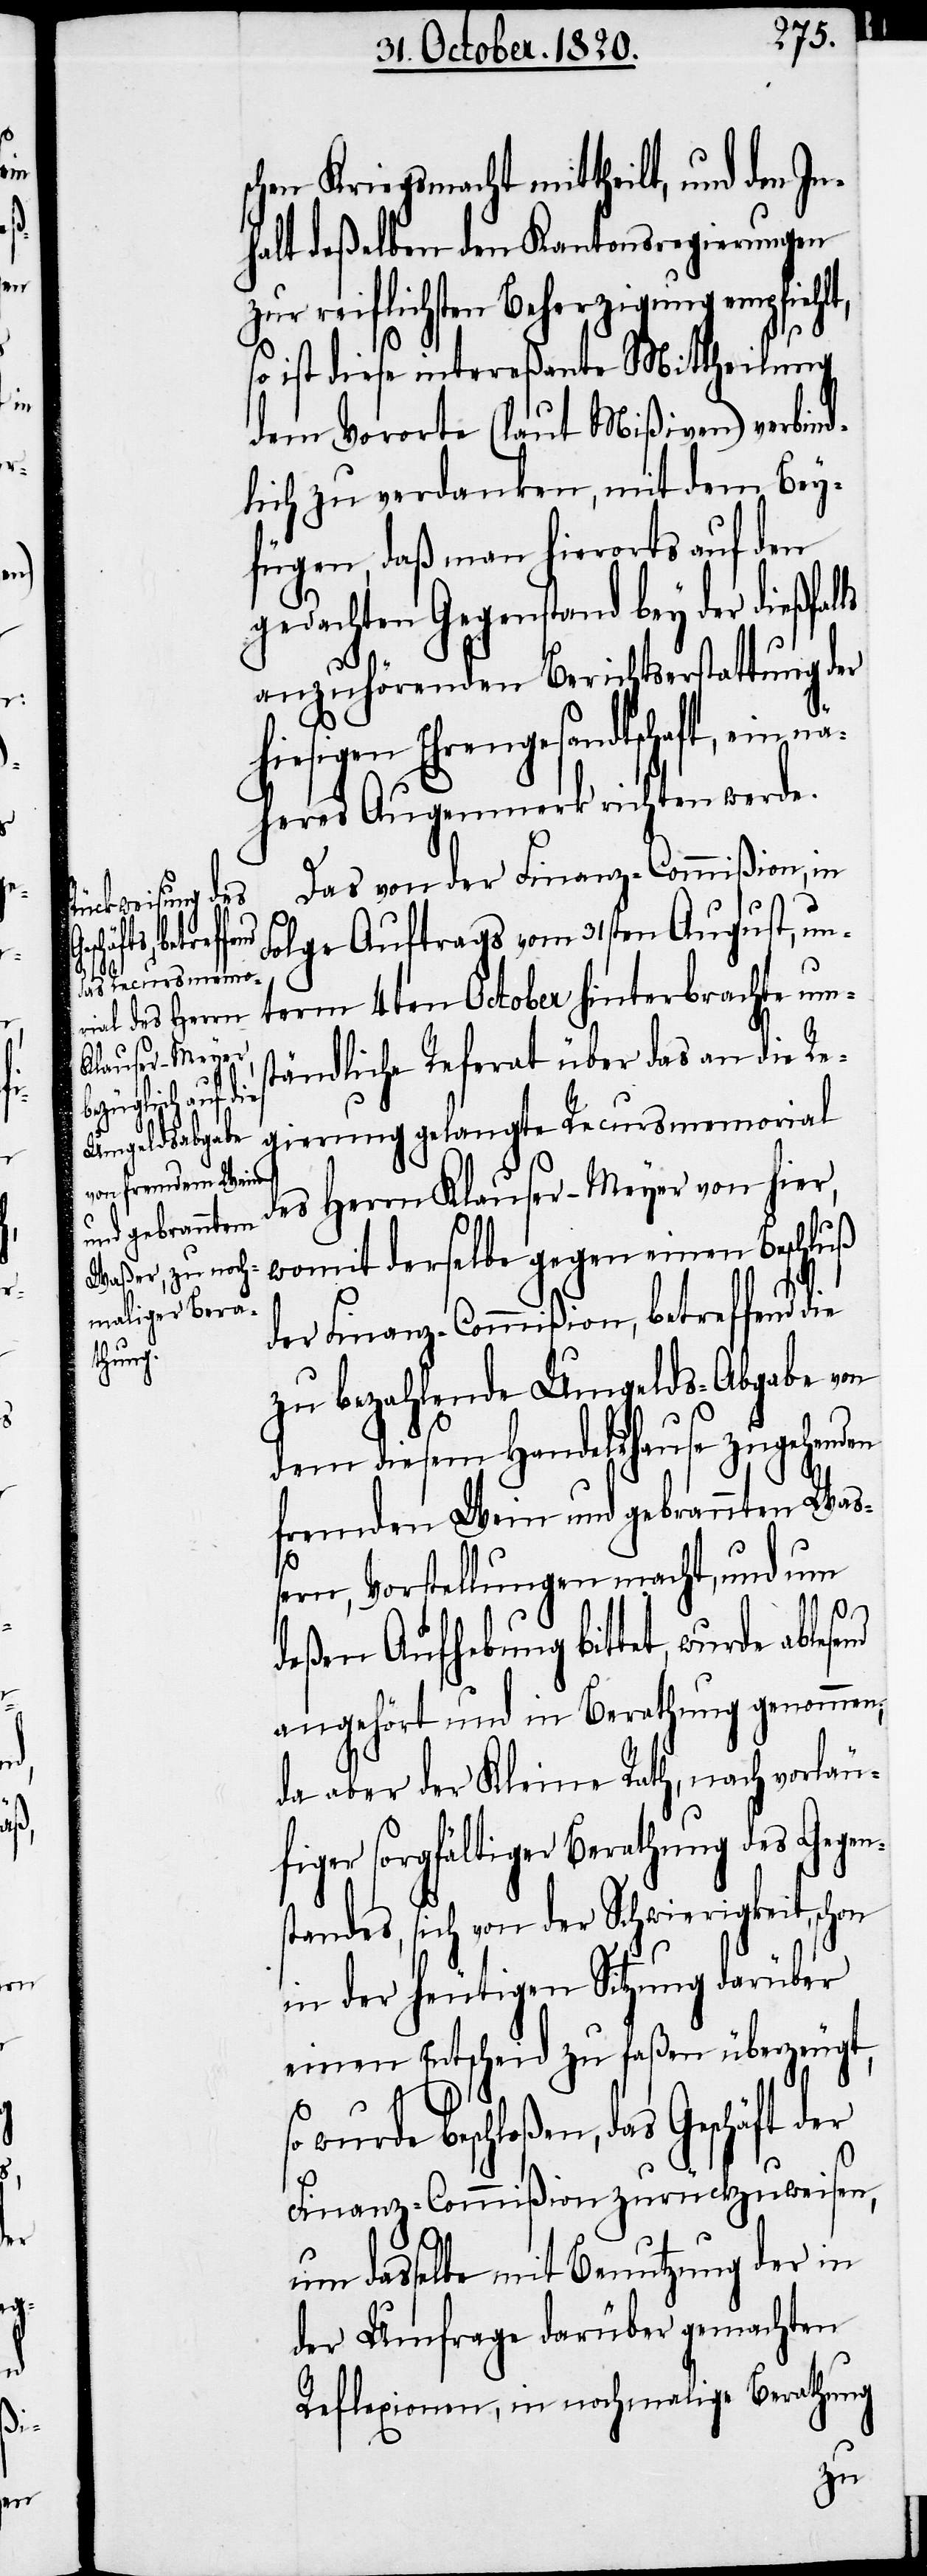
In¬

schen Kriegsmacht mittheilt, und den
halt deßelben den Kantonsregierungen
zur reiflichsten Beherzigung empfiehlt,
so ist diese intereßante Mittheilung
dem Vororte (laut Mißiven) verbind¬
lich zu verdanken, mit dem Bey¬
fügen, daß man hierorts auf den
gedachten Gegenstand bey der dießfal¬
anzuhörenden Berichtserstattung der
iesigen Ehrengesandtschaft, ein
näheres Augenmerk richten werde.
Das von der Finanz-Commißion, in
Folge Auftrags vom 31sten August, un¬
term 4ten October hinterbrachte ums¬
tändliche Referat über das an die Re¬
gierung gelangte Recursmemorial
des Herrn Klauser-Meyer von hier,
womit derselbe gegen einen Beschluß
der Finanz-Commißion, betreffend
zu bezahlende Umgelds-Abgabe von
dem diesem Handelshause zugehenden
fremden Wein und gebrannten Was¬
nd
sern, Vorstellungen macht, und um
deßen Aufhebung bittet, wurde ablese¬
angehört und in Berathung genommen,
da aber der Kleine Rath, nach vorläu¬
figer sorgfältiger Berathung des Gegen¬
standes, sich von der Schwierigkeit, schon
in der heutigen Sitzung darüber
einen Entscheid zu faßen überzeugt,
h¬
so wurde beschloßen, das Geschäft der
Finanz-Commißion zurückzuweisen,
um dasselbe mit Benutzung der in
der Umfrage darüber gemachten
Reflexionen, in nochmalige Berathung